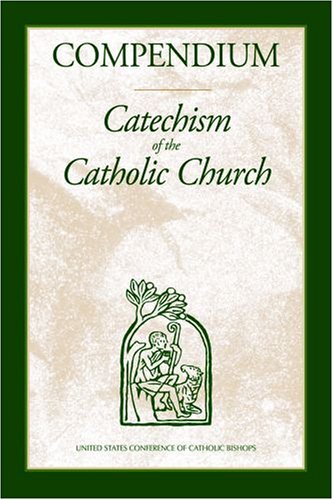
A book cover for Compendium of the Catechism: Hardcover; Cardinal Joseph Ratzinger; Christian Books & Bibles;